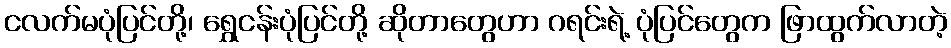
ငလက်မပုံပြင်တို့၊ ရွှေငန်းပုံပြင်တို့ ဆိုတာတွေဟာ ဂရင်းရဲ့ ပုံပြင်တွေက ဖြာထွက်လာတဲ့